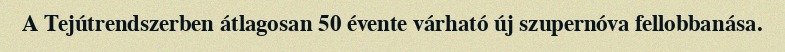
A Tejútrendszerben átlagosan 50 évente várható új szupernóva fellobbanása.